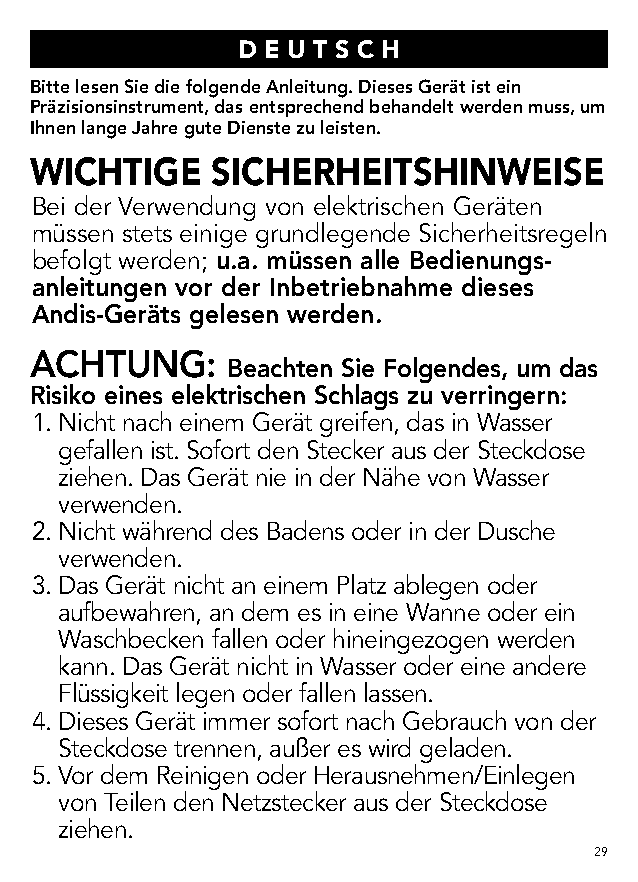
D E U T S C H
 Bitte lesen Sie die folgende Anleitung. Dieses Gerät ist ein
 Präzisionsinstrument, das entsprechend behandelt werden muss, um
 Ihnen lange Jahre gute Dienste zu leisten.
 WICHTIGE    SICHERHEITSHINWEISE
 Bei der Verwendung von elektrischen Geräten
 müssen stets einige grundlegende Sicherheitsregeln
 befolgt werden; u.a. müssen alle Bedienungs-
 anleitungen vor der Inbetriebnahme dieses
 Andis-Geräts gelesen werden.
 ACHTUNG:
 Beachten Sie Folgendes, um das
 Risiko eines elektrischen Schlags zu verringern:
 1. N icht nach einem Gerät greifen, das in Wasser
 gefallen ist. Sofort den Stecker aus der Steckdose
 ziehen. Das Gerät nie in der Nähe von Wasser
 verwenden.
 2. N icht während des Badens oder in der Dusche
 verwenden.
 3. D as Gerät nicht an einem Platz ablegen oder
 aufbewahren, an dem es in eine Wanne oder ein
 Waschbecken fallen oder hineingezogen werden
 kann. Das Gerät nicht in Wasser oder eine andere
 Flüssigkeit legen oder fallen lassen.
 4. D ieses Gerät immer sofort nach Gebrauch von der
 Steckdose trennen, außer es wird geladen.
 5. V or dem Reinigen oder Herausnehmen/Einlegen
 von Teilen den Netzstecker aus der Steckdose
 ziehen.
 29